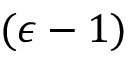
( \epsilon - 1 )